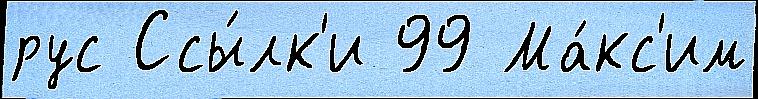
рус Ссы́лк'и 99 Ма́кс'им